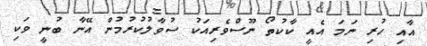
އާއި ހުރި ނަމަ އެއީ ކާކުތޯ ނޫސްވެރިއަކު ސުވާލުކުރުމުން އޭނާ ބުނީ ވަކި